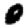
Digit: 0